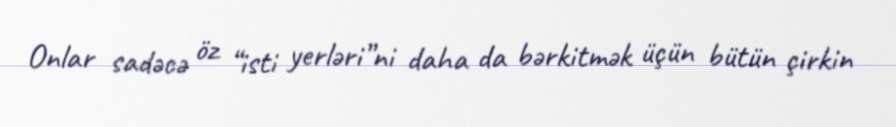
Onlar sadəcə öz “isti yerləri”ni daha da bərkitmək üçün bütün çirkin